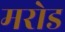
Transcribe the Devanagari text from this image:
मरोड